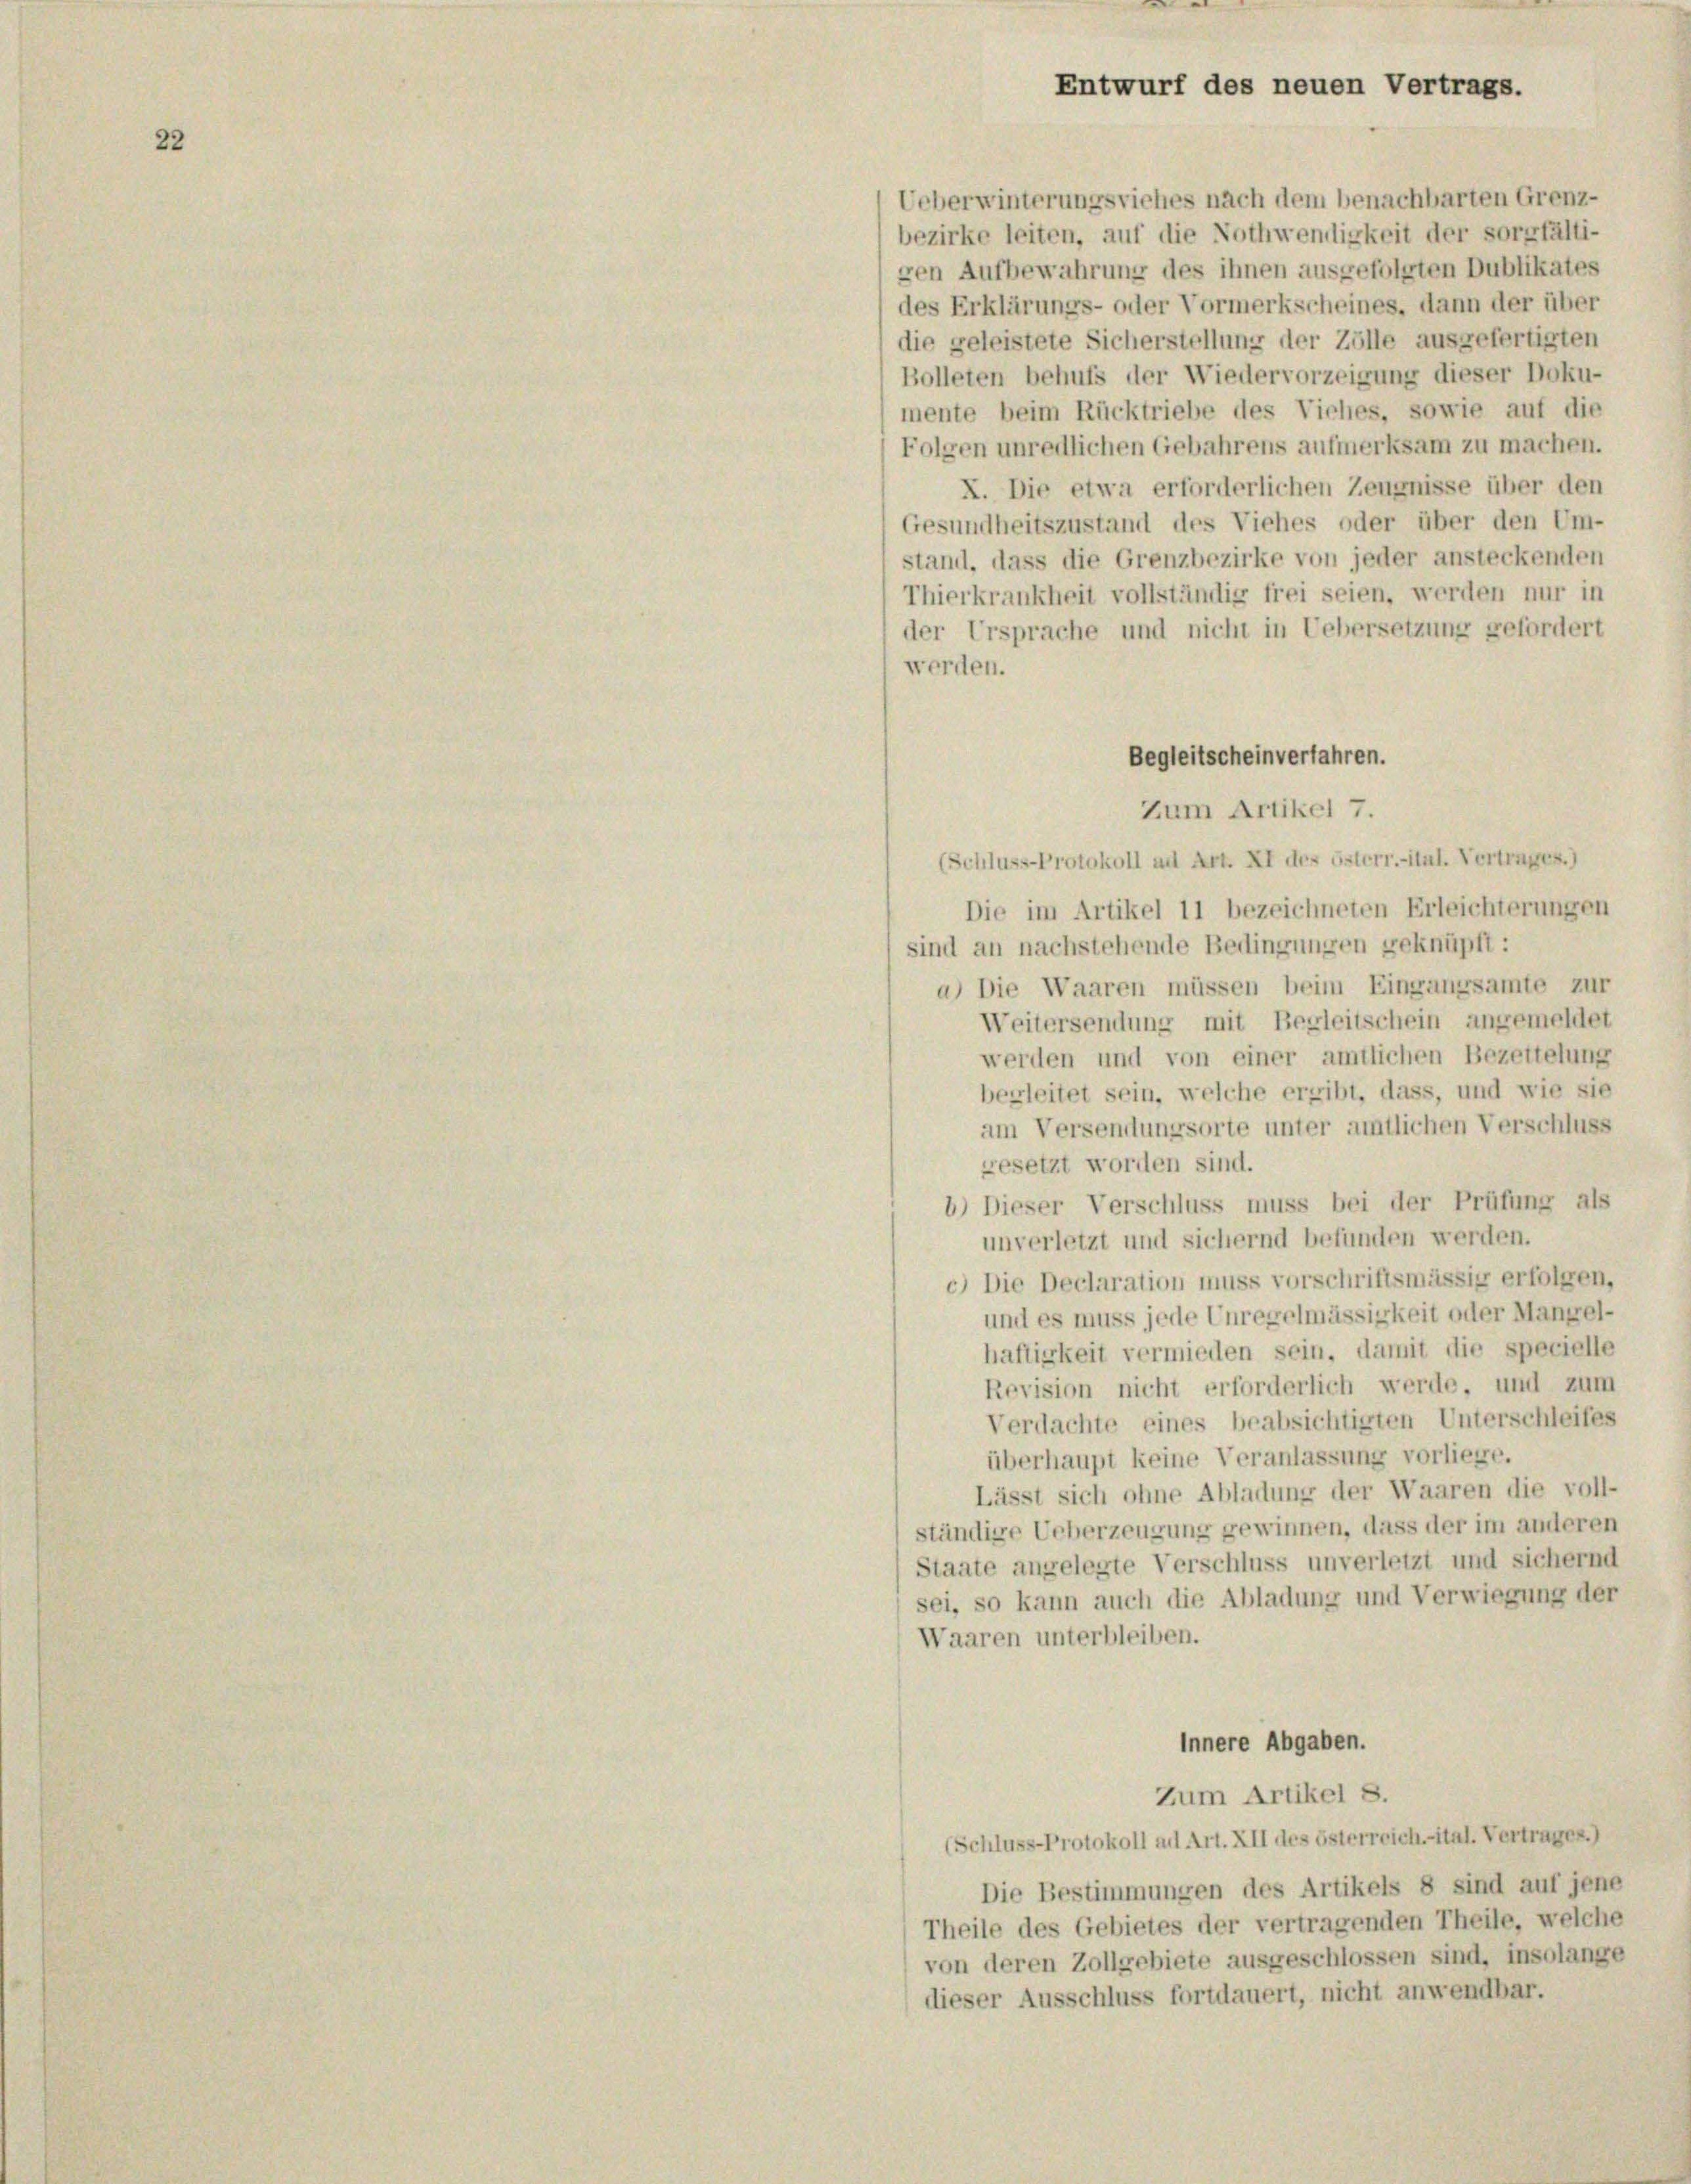
Entwurf des neuen Vertrags.

Ueberwinterungsviehes nach dem benachbarten Grenz-
bezirke leiten, auf die Nothwendigkeit der sorgfälti-
gen Aufbewahrung des ihnen ausgefolgten Dublikates
des Erklärungs- oder Vormerkscheines, dann der über
die geleistete Sicherstellung der Zölle ausgefertigten
Bolleten behufs der Wiedervorzeigung dieser Doku-
mente beim Rücktriebe des Viehes, sowie auf die
Folgen unredlichen Gebahrens aufmerksam zu machen.
X. Die etwa erforderlichen Zeugnisse über den
Gesundheitszustand des Viehes oder über den Um-
stand, dass die Grenzbezirke von jeder ansteckenden
Thierkrankheit vollständig frei seien, werden nur in
der Ersprache und nicht in Uebersetzung gefordert
werden.
Begleitscheinverfahren.
Zum Artikel 7.
(Schluss-Protokoll ad Art. XI des österr.-ital. Vertrages.)
Die im Artikel 11 bezeichneten Erleichterungen
sind an nachstehende Bedingungen geknüpft:
a) Die Waaren müssen beim Eingangsamte zur
Weitersendung mit Begleitschein angemeldet
werden und von einer amtlichen Bezeitelung
begleitet sein, welche ergibt, dass, und wie sie
am Versendungsorte unter amtlichen Verschluss
gesetzt worden sind.
b) Dieser Verschluss muss bei der Prüfung als
unverletzt und sichernd befunden werden.
c) Die Declaration muss vorschriftsmässig erfolgen,
und es muss jede Unregelmässigkeit oder Mangel-
haftigkeit vermieden sein, damit die specielle
Revision nicht erforderlich werde, und zum
Verdachte eines beabsichtigten Unterschleifes
überhaupt keine Veranlassung vorliege.
Lässt sich ohne Abladung der Waaren die voll-
ständige Ueberzeugung gewinnen, dass der im anderen
Staate angelegte Verschluss unverletzt und sichernd
sei, so kann auch die Abladung und Verwiegung der
Waaren unterbleiben.
innere Abgaben.
Zum Artikel S.
(Schluss-Protokoll ad Art. XII des österreich.-ital. Vertrages.)
Die Bestimmungen des Artikels 8 sind auf jene
Theile des Gebietes der vertragenden Theile, welche
von deren Zollgebiete ausgeschlossen sind, insolange
dieser Ausschluss fortdauert, nicht anwendbar.